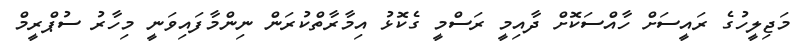
މަޖިލީހުގެ ރައީސަށް ހާއްސަކޮށް ދާއިމީ ރަސްމީ ގެކޮޅު އިމާރާތްކުރަން ނިންމާފައިވަނީ މިހާރު ސުޕްރީމް